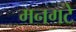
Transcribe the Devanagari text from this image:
मनगटे